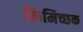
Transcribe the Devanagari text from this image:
किमिच्छक